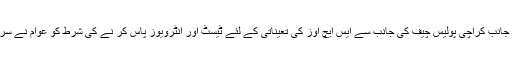
دوسری جانب کراچی پولیس چیف کی جانب سے ایس ایچ اوز کی تعیناتی کے لئے ٹیسٹ اور انٹرویوز پاس کر نے کی شرط کو عوام نے سراہا ہے ۔